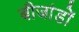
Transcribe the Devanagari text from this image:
बीजांडों